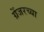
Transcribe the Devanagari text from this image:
ग्रेंजरच्या